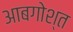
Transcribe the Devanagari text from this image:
आबगोश्त